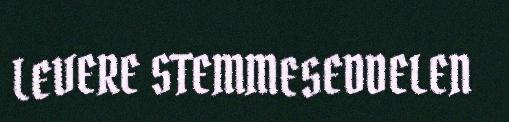
LEVERE STEMMESEDDELEN